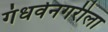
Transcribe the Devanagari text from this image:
गंधर्वनगरीला